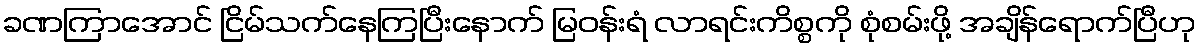
ခဏကြာအောင် ငြိမ်သက်နေကြပြီးနောက် မြဝန်းရံ လာရင်းကိစ္စကို စုံစမ်းဖို့ အချိန်ရောက်ပြီဟု